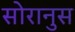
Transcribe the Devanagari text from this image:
सोरानुस